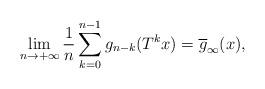
LaTeX: \begin{align*}\lim_{n \rightarrow +\infty} \frac{1}{n} \sum_{k=0}^{n-1} g_{n-k}(T^k x) = \overline{g}_\infty(x),\end{align*}